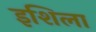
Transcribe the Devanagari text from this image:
इशिला